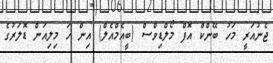
ޖެނުއަރީ މަހު ބޭންކް އޮފް މޯލްޑިވްސް (ބީއެމްއެލް) އިން ހަ މިލިއަން ޑޮލަރުގެ